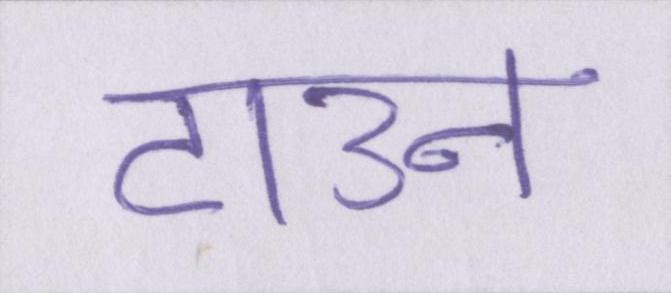
टाउन